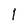
Character: 1